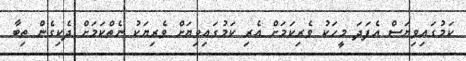
ކަމުގައިވިޔަސް އެފަދަ މީހަކު ވެރިކަމަށް އެރި ކަމުގައިވިޔަށް ވެރިޔަކު ނެތްކަމަށް ދެކިގެން ތިބާ